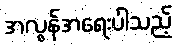
အလွန်အရေးပါသည့်